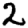
Digit: 2